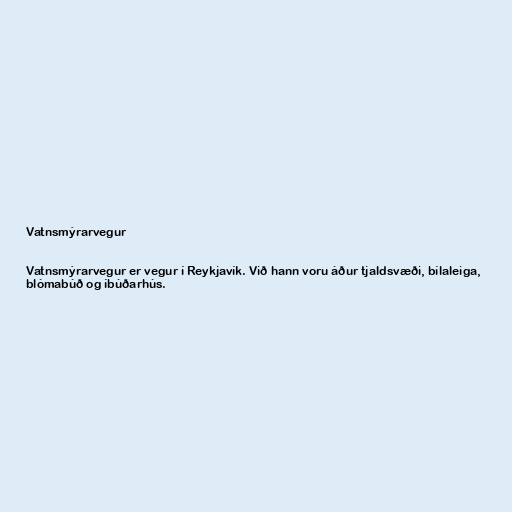
Vatnsmýrarvegur

Vatnsmýrarvegur er vegur í Reykjavík. Við hann voru áður tjaldsvæði, bílaleiga,
blómabúð og íbúðarhús.